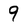
Character: 9